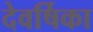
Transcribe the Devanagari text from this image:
देवर्षिका